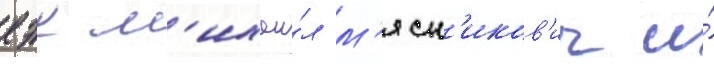
еэк м'ихаи́л м'ясн'иков'ич и́